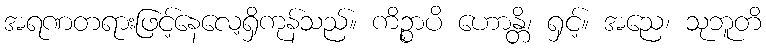
အရဏတရားဖြင့်နေလေ့ရှိကုန်သည်။ ကိဉ္စာပိ ဟောန္တိ၊ ရှင့်။ အညေ၊ သုဘူတိ